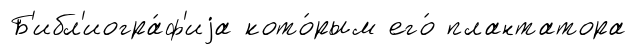
Б'ибл'иогра́ф'иjа кото́рым его́ плантатора